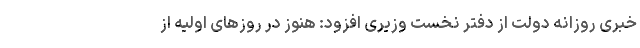
خبری روزانه دولت از دفتر نخست وزیری افزود: هنوز در روزهای اولیه از